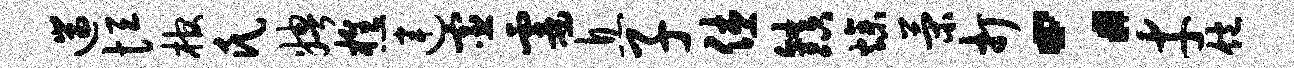
遄恒棺氏娉樵连宦霎息子休镇燥策打：才饱